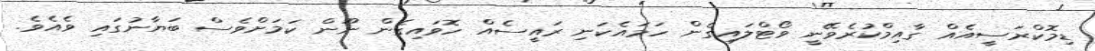
ޑިމޮކްރަސީއެއް ގާއިމްކުރެވޭނީ ވޯޓްލައިގެން ހަމައެކަނި ރައީސެއް ހޮވައިގެން ނޫން ކަމަށްވެސް ބަޔާނުގައި ވެއެވެ.